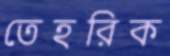
তেহরিক